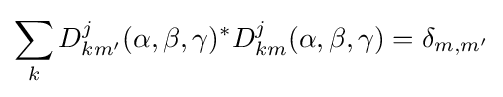
\sum _{k}D_{km'}^{j}(\alpha ,\beta ,\gamma )^{*}D_{km}^{j}(\alpha ,\beta ,\gamma )=\delta _{m,m'}